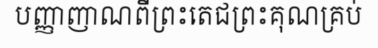
បញ្ញាញាណពីព្រះតេជព្រះគុណគ្រប់